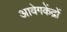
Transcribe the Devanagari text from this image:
आवेगकेंद्रों